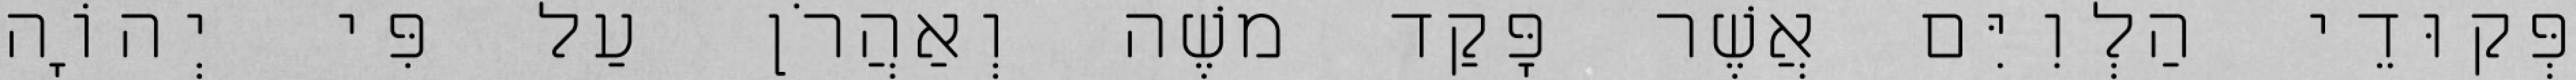
פְּקוּדֵי הַלְוִיִּם אֲשֶׁר פָּקַד משֶׁה וְאַהֲרֹן עַל פִּי יְהוָֹה